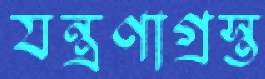
যন্ত্রণাগ্রস্ত